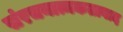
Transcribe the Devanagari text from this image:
संरचनात्मकतावाद